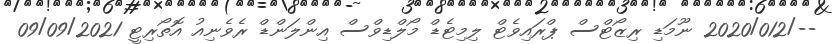
--/2020/012 ނޫމަޑި ރިޒޯޓްސް ޕްރައިވެޓް ލިމިޓެޑް މޯލްޑިވްސް އިންލަންޑް ރެވެނިއު އޮތޯރިޓީ 09/09/2021